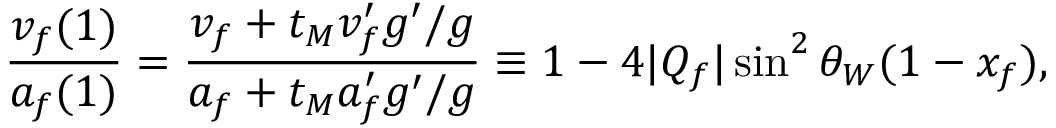
\frac { v _ { f } ( 1 ) } { a _ { f } ( 1 ) } = \frac { v _ { f } + t _ { M } v _ { f } ^ { \prime } g ^ { \prime } / g } { a _ { f } + t _ { M } a _ { f } ^ { \prime } g ^ { \prime } / g } \equiv 1 - 4 | Q _ { f } | \sin ^ { 2 } \theta _ { W } ( 1 - x _ { f } ) ,